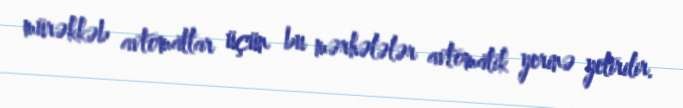
mürəkkəb avtomatlar üçün bu mərhələlər avtomatik yerinə yetirilir.